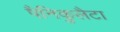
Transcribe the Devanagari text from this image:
पैनिकुलैटा